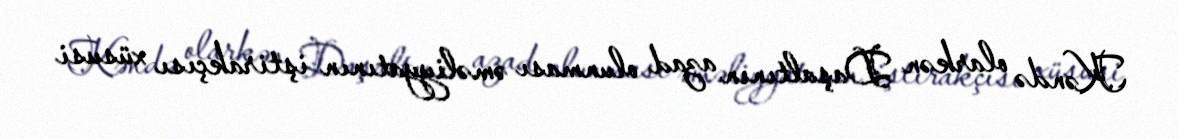
Kəndə olarkən Daşaltının azad olunması əməliyyatının iştirakçısı xüsusi